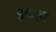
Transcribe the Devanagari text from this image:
डकहा